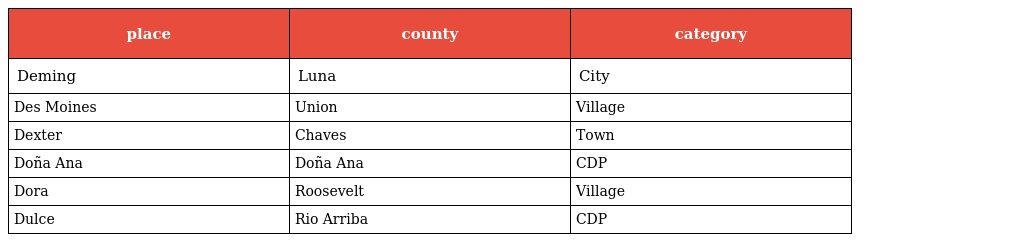
| place | county | category |
 | --- | --- | --- |
 | Deming | Luna | City |
 | Des Moines | Union | Village |
 | Dexter | Chaves | Town |
 | Doña Ana | Doña Ana | CDP |
 | Dora | Roosevelt | Village |
 | Dulce | Rio Arriba | CDP |